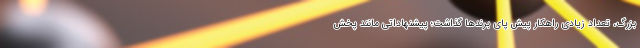
بزرگ، تعداد زیادی راهکار پیش پای برندها گذاشت؛ پیشنهاداتی مانند پخش